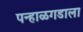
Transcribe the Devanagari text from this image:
पन्हाळगडाला